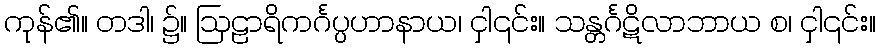
ကုန်၏။ တဒါ၊ ၌။ ဩဠာရိကင်္ဂပ္ပဟာနာယ၊ ငှါ၎င်း။ သန္တင်္ဂဋိလာဘာယ စ၊ ငှါ၎င်း။